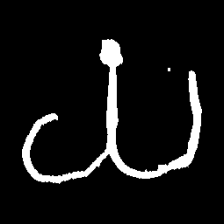
Pyu character \u2014 Myanmar letter: ယ (romanized: ya)